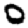
Digit: 0